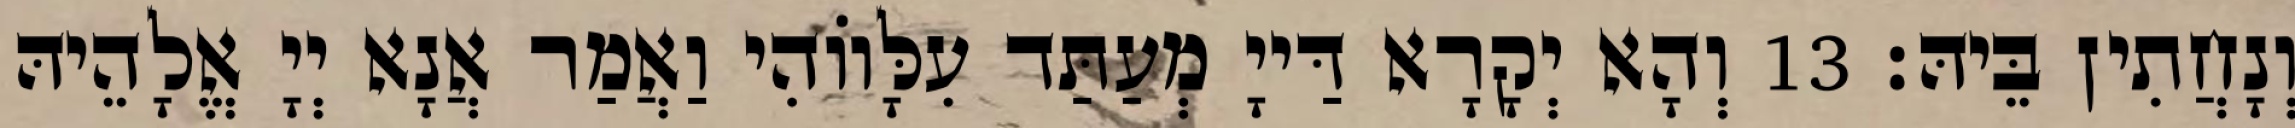
וְנָחֲתִין בֵּיהּ׃ 13 וְהָא יְקָרָא דַּייָ מְעַתַּד עִלָּווֹהִי וַאֲמַר אֲנָא יְיָ אֱלָהֵיהּ